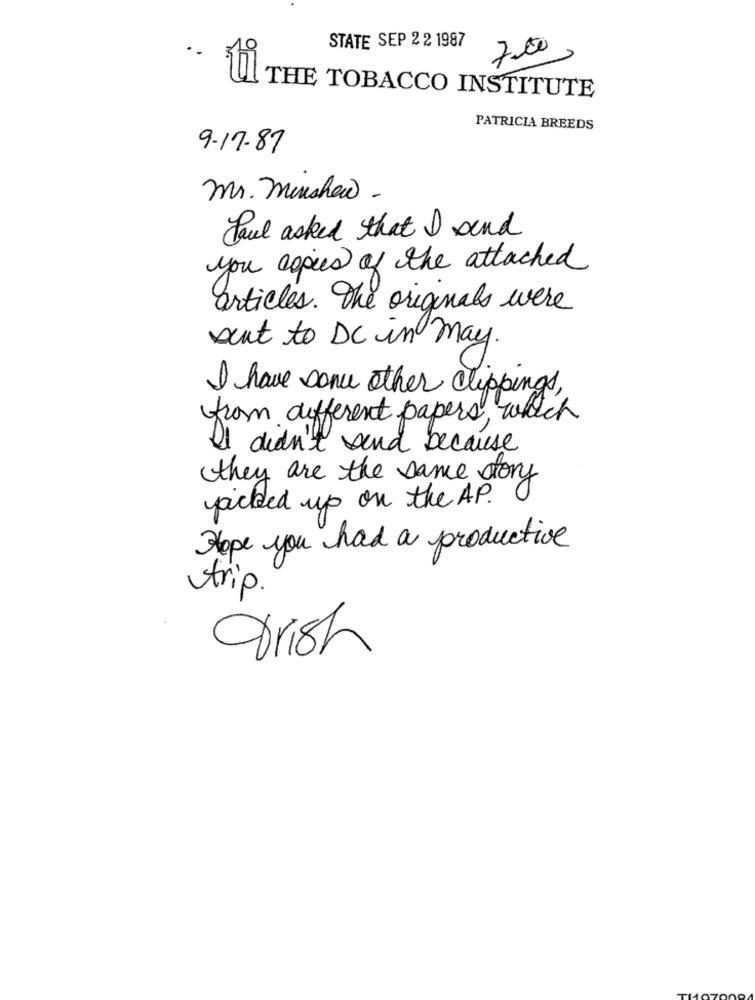
STATE SEP 2 2 1987
7.00
ti
THE TOBACCO INSTITUTE
PATRICIA BREEDS
9-17.87
mr. Manshow-
Paul asked that I send
you copies of the attached
articles. The originals were
sent to DC in may.
I have some other clippings,
from different papers, which
didn't send because
they are the same story
picked up on the AP.
Hope you had a productive
trip.
grish